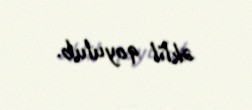
əklil qoyulub.